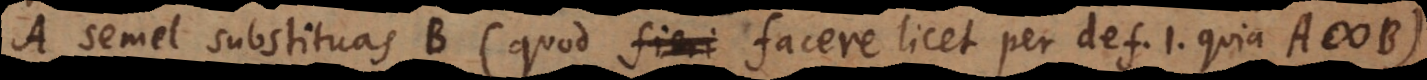
A semel substituas B (quod fieri facere licet per def. 1, quia A